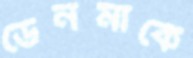
ডেনমার্কে